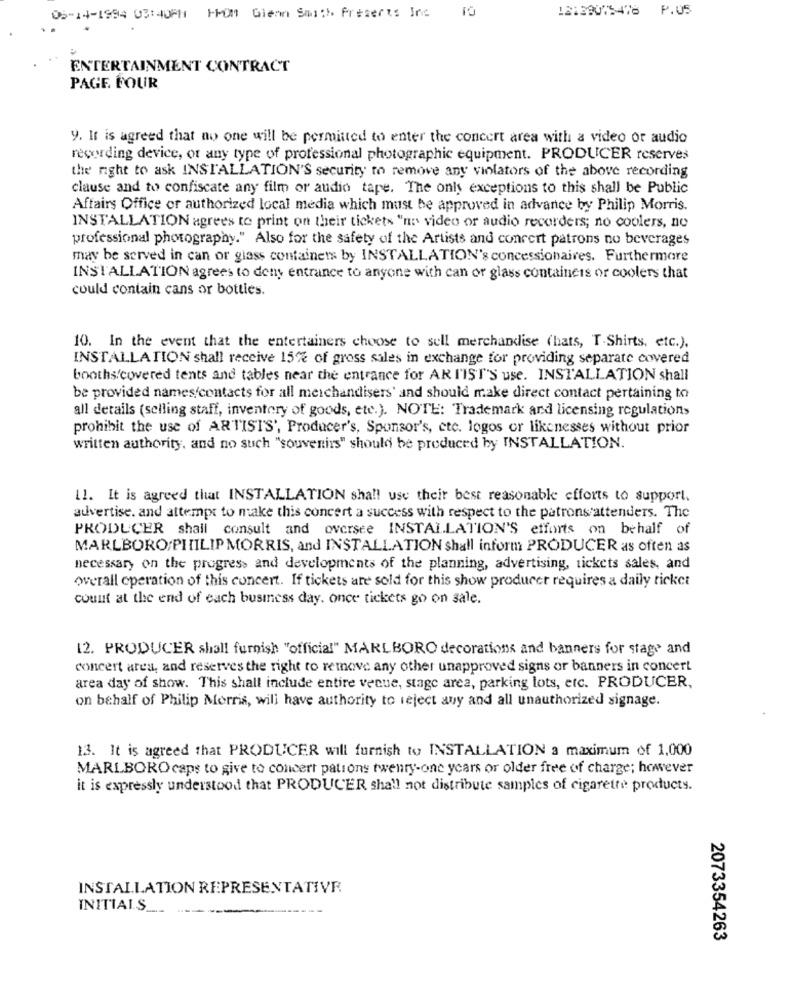
18139073478 P.05
05-14-1984 03:40PM1 FMOM Giean Smith Preserts Inc
ENTERTAINMENT CONTRACT
PAGE FOUR
y. It is agreed that no one will be permitted to enter the concert area with a video or audio
recording device, or any type of professional photographic equipment. PRODUCER reserves
the right to ask INSTALLATION'S security to remove any vinlators of the above recording
clause and to confiscate any film or audio tape. The only exceptions to this shall be Public
Affairs Office or authorized local media which must be approved in advance by Philip Morris.
INSTALLATION agrees to print on their tickets "no video or audio recorders; no coolers, no
professional photography." Also for the safety of the Artists and concert patrons no beverages
may be served in can or glass containers by INSTALLATION's concessionaires. Furthermore
INSTALLATION agrees to deny entrance to anyone with can or glass containers or coolers that
could contain cans or bottles.
10. In the event that the entertainers choose to sell merchandise (hats, T-Shirts, etc.),
INSTALLATION shall receive 15% of gross sales in exchange for providing separate covered
booths/covered tents and tables near the entrance for ARTIST'S use. INSTALLATION shall
be provided names(contacts for all merchandisers' and should make direct contact pertaining to
all details (selling staff, inventory of goods, etc.). NOTE: Trademark and licensing regulations
prohibit the use of ARTISTS', Producer's, Sponsor's, etc. logos or likenesses without prior
written authority, and no such "souvenirs" should be produced by INSTALLATION.
11. It is agreed that INSTALLATION shall use their best reasonable efforts to support.
advertise. and attempt to make this concert a success with respect to the patrons attenders. The
PRODUCER shall consult and oversee INSTALLATION'S efforts on behalf of
MARLBORO/PHILIP MORRIS, and INSTALLATION shall inform PRODUCER as often as
necessary on the progress and developments of the planning, advertising, tickets sales, and
werall operation of this concert. If tickets are sold for this show producer requires a daily ticket
count at the end of each business day. once tickets go on sale.
12. PRODUCER shall furnish "official" MARLBORO decorations and banners for stage and
concert area, and reserves the right to remove any other unapproved signs or banners in concert
area day of show. This shall include entire venue, stage area, parking lots, etc. PRODUCER,
on behalf of Philip Morris, will have authority to reject any and all unauthorized signage.
13. It is agreed that PRODUCER will furnish to INSTALLATION a maximum of 1,000
MARLBORO caps to give to concert pations twenty-one years or older free of charge; however
it is expressly understood that PRODUCER shall not distribute samples of cigarette products.
INSTALLATION REPRESENTATIVE
INITIALS
2073354263